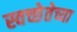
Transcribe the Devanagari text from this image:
स्वच्छेतेच्या